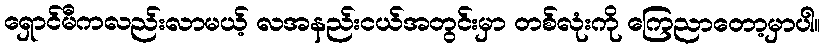
ရှောင်မီကလည်းလာမယ့် လအနည်းငယ်အတွင်းမှာ တစ်လုံးကို ကြေညာတော့မှာပါ။